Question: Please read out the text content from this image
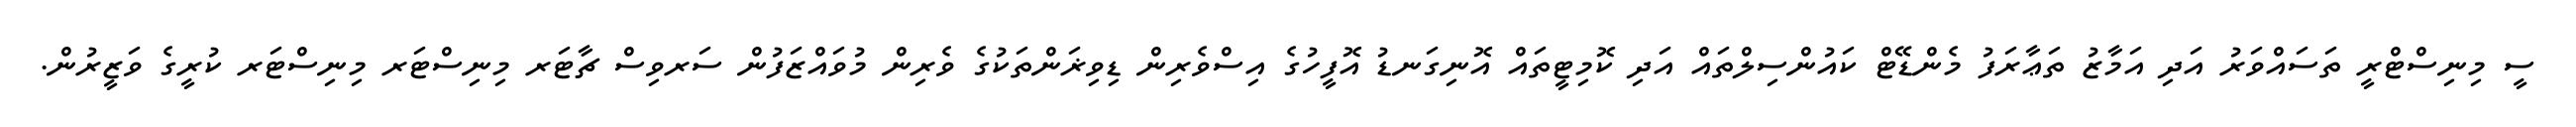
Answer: ސީ މިނިސްޓްރީ ތަސައްވަރު އަދި އަމާޒު ތަޢާރަފު މެންޑޭޓް ކައުންސިލްތައް އަދި ކޮމިޓީތައް އޮނިގަނޑު އޮފީހުގެ އިސްވެރިން ޑިވިޜަންތަކުގެ ވެރިން މުވައްޒަފުން ސަރވިސް ޗާޓަރ މިނިސްޓަރ މިނިސްޓަރ ކުރީގެ ވަޒީރުން.